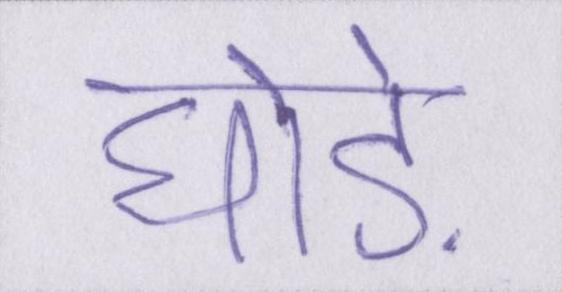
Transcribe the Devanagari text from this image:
घोड़े